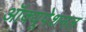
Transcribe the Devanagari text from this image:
ऑक्यूपेशनल